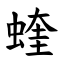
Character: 蝰